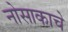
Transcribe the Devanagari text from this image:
नोसाकाचे